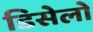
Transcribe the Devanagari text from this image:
डिसेलो